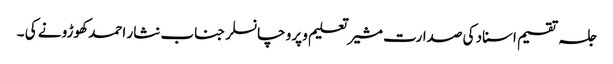
جلسہ تقسیم اسناد کی صدارت مشیر تعلیم و پرو چانسلر جناب نثار احمد کھوڑو نے کی ۔